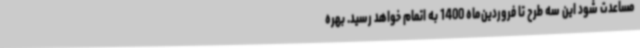
مساعدت شود این سه طرح تا فروردین‌ماه 1400 به اتمام خواهد رسید. بهره